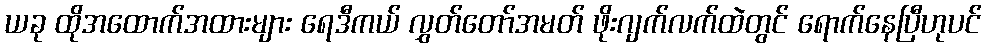
ယခု ထိုအထောက်အထားများ ရေဒီကယ် လွှတ်တော်အမတ် ဖိုးဂျက်လက်ထဲတွင် ရောက်နေပြီဟုပင်